Vaccination United Provinces of Agra and Oudh 1923-1928 - 1923-1928
Year: 1923
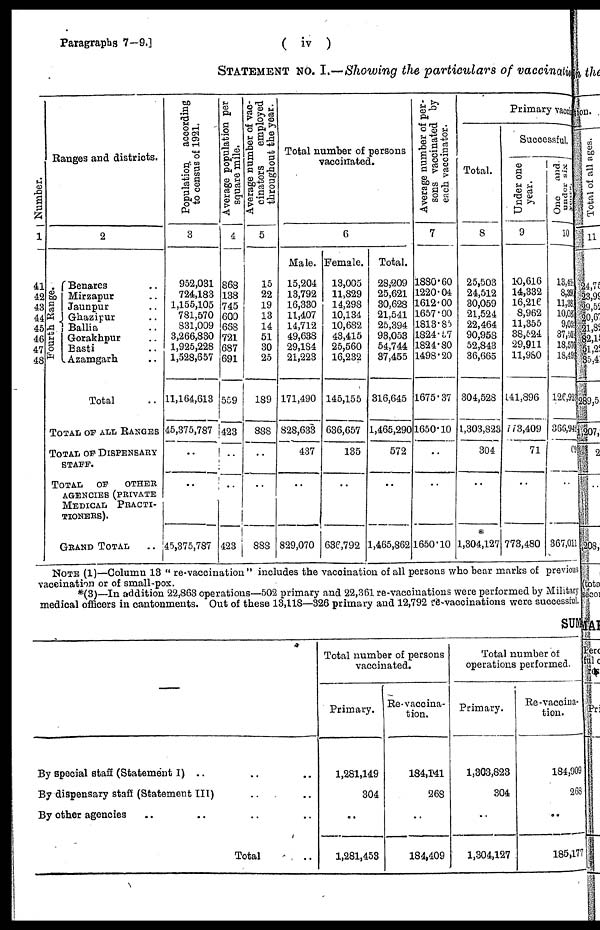
Paragraphs 7—9.]
( iv )
STATEMENT No. I.—Showing the particulars of vaccination
Number.
1
41
42
43
44
45
46
47
48
Ranges and districts.
2
Fourth Range.
Benares ..
Mirzapur ..
Jaunpur ..
Ghazipur ..
Ballia ..
Gorakhpur ..
Basti ..
Azamgarh ..
Total ..
TOTAL FOR ALL RANGES
TOTAL OF DISPENSARY
STAFF.
TOTAL OF OTHER
AGENCIES (PRIVATE
MEDICAL PRACTI-
-------).
GRAND TOTAL
..
Population, according
to census of 1921.
3
952,031
724,183
1,155,105
781,570
831,009
3,266,830
1,925,228
1,528,657
11,164,613
45,375,787
..
..
45,375,787
Average population per
square mile.
4
868
138
745
600
668
721
687
691
559
423
..
..
423
Average number of vac¬
cinators
employed
throughout the year.
5
15
22
19
13
14
51
30
25
189
888
..
..
888
Total number of persons
vaccinated.
6
Male.
15,204
13,792
16,330
11,407
14,712
49,638
29,184
21,223
171,490
828,633
437
..
829,070
Female.
13,005
11,829
14,298
10,134
10,682
43,415
25,560
16,232
145,155
636,657
135
..
636,792
Total.
28,309
25,621
30,628
21,541
25,394
93,053
54,744
37,455
316,645
1,465,290
572
..
1,465,862
Average number of per-
sons vaccinated by
each vaccinator.
7
1880.60
1220.04
1612.00
1657.00
1813.85
1824.57
1824.80
1498.20
1675.37
1650.10
..
..
1650.10
Primary vacci nat i on
Total.
8
25,503
24,512
30,059
21,524
22,464
90,958
52,843
36,665
304,528
1,303,823
304
..
*
1,304,127
Successful.
Under one
year.
9
10,616
14,332
16,216
8,962
11,355
38,524
29,911
11,980
141,896
773,409
71
..
773,480
One
and
under six
years.
10
13,458
8,396
11,389
10,087
9,051
37,503
18,576
18,493
126,923
366,942
69
..
367,011
NOTE (1)—Column 13 " re-vaccination " includes the vaccination of all persons who bear marks of previous
vaccination or of small-pox.
*(3)—In addition 22,863 operations—502 primary and 22,361 re-vaccinations were performed by Military
medical officers in cantonments. Out of these 13,118—326 primary and 12,792 re-vaccinations were successful.
SUM
—
By special staff (Statement I) .. .. ..
By dispensary staff (Statement III) .. ..
By other agencies .. .. .. .. ..
Total ..
Total number of persons
vaccinated.
Primary.
1,281,149
304
..
1,281,453
Re-vaccina-
tion.
184,141
268
..
184,409
Total number of
operations performed.
Primary.
1,303,823
304
..
1,304,127
Re-vaccina-
tion.
184,009
268
..
185,177